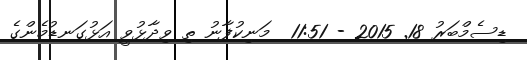
ޑިސެމްބަރު 18